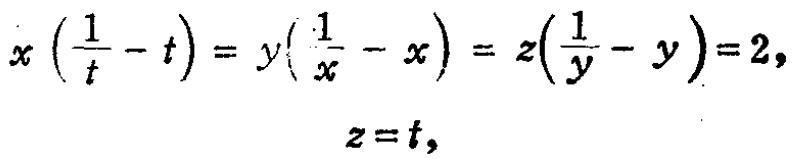
\[
\begin{align*}
x\left(\frac{1}{t}-t\right)&=y\left(\frac{1}{x}-x\right)=z\left(\frac{1}{y}-y\right)=2,\\
z&=t,
\end{align*}
\]